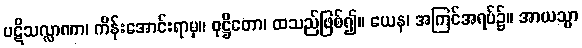
ပဋိသလ္လာဏာ၊ ကိန်းအောင်းရာမှ။ ဝုဋ္ဌိတော၊ ထသည်ဖြစ်၍။ ယေန၊ အကြင်အရပ်၌။ အာယသ္မာ